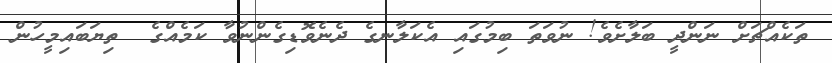
ތަކެއްޗަށް ނަންދީ ބަލާށެވެ! ނުވަތަ ބިމުގައި އެކަލާނގެ ދެނެވޮޑިގެންނުވާ ކަމެއްގެ  ތިޔަބައިމީހުން